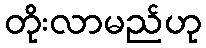
တိုးလာမည်ဟု